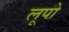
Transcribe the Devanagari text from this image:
लूपो